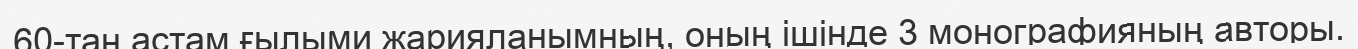
60-тан астам ғылыми жарияланымның, оның ішінде 3 монографияның авторы.